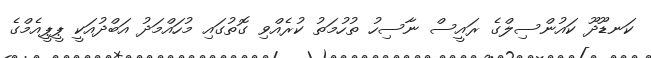
ކަނޑޫދޫ ކައުންސިލްގެ ރައީސް ނާސިހު ތުހުމަތު ކުރެއްވި ގޮތުގައި މުހައްމަދު އަބްދުއަކީ ޕީޕީއެމްގެ